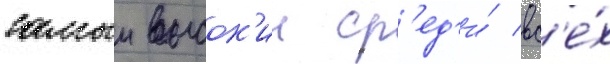
самыи высок'ии ср'ед'и́ вс'е́х